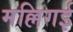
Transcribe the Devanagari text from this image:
मल्लिगई